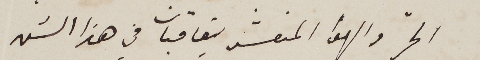
الحرّ والهوا المنعش يتعاقبان في هذا الشهر